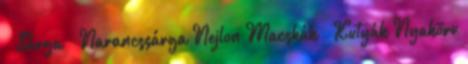
Sárga Narancssárga Nejlon Macskák Kutyák Nyakörv